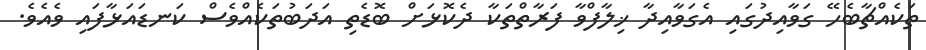
ތަކެއްޗާބެހޭ ގަވާއިދުގައި އެގަވާއިދާ ޚިލާފްވާ ފަރާތްތަކާ ދެކޮޅަށް ބޮޑެތި އަދަބުތަކެއްވެސް ކަނޑައަޅާފައި ވެއެވެ.